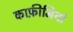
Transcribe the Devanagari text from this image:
काफ़ीमियां